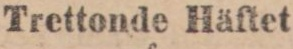
Trettonde Häftet